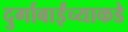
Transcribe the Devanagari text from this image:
दुर्गाबाईंच्याकडे